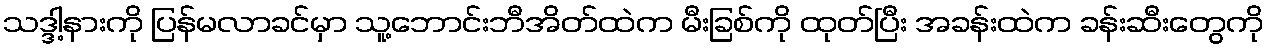
သဒ္ဒါ့နားကို ပြန်မလာခင်မှာ သူ့ဘောင်းဘီအိတ်ထဲက မီးခြစ်ကို ထုတ်ပြီး အခန်းထဲက ခန်းဆီးတွေကို